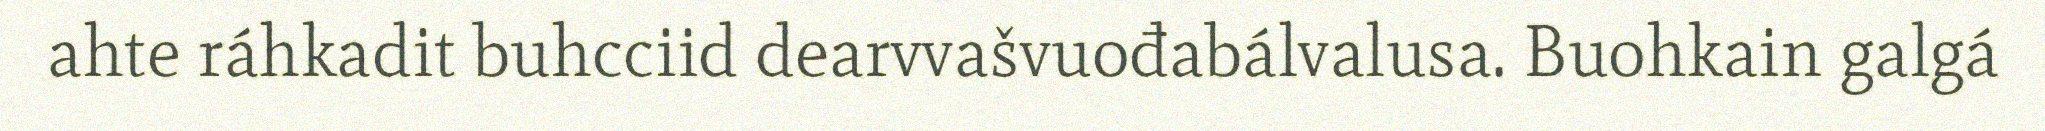
ahte ráhkadit buhcciid dearvvašvuođabálvalusa. Buohkain galgá